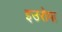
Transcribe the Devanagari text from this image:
इउरोपा